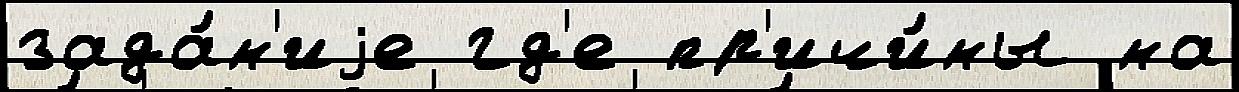
зада́н'иjе гд'е пр'ичи́ны на